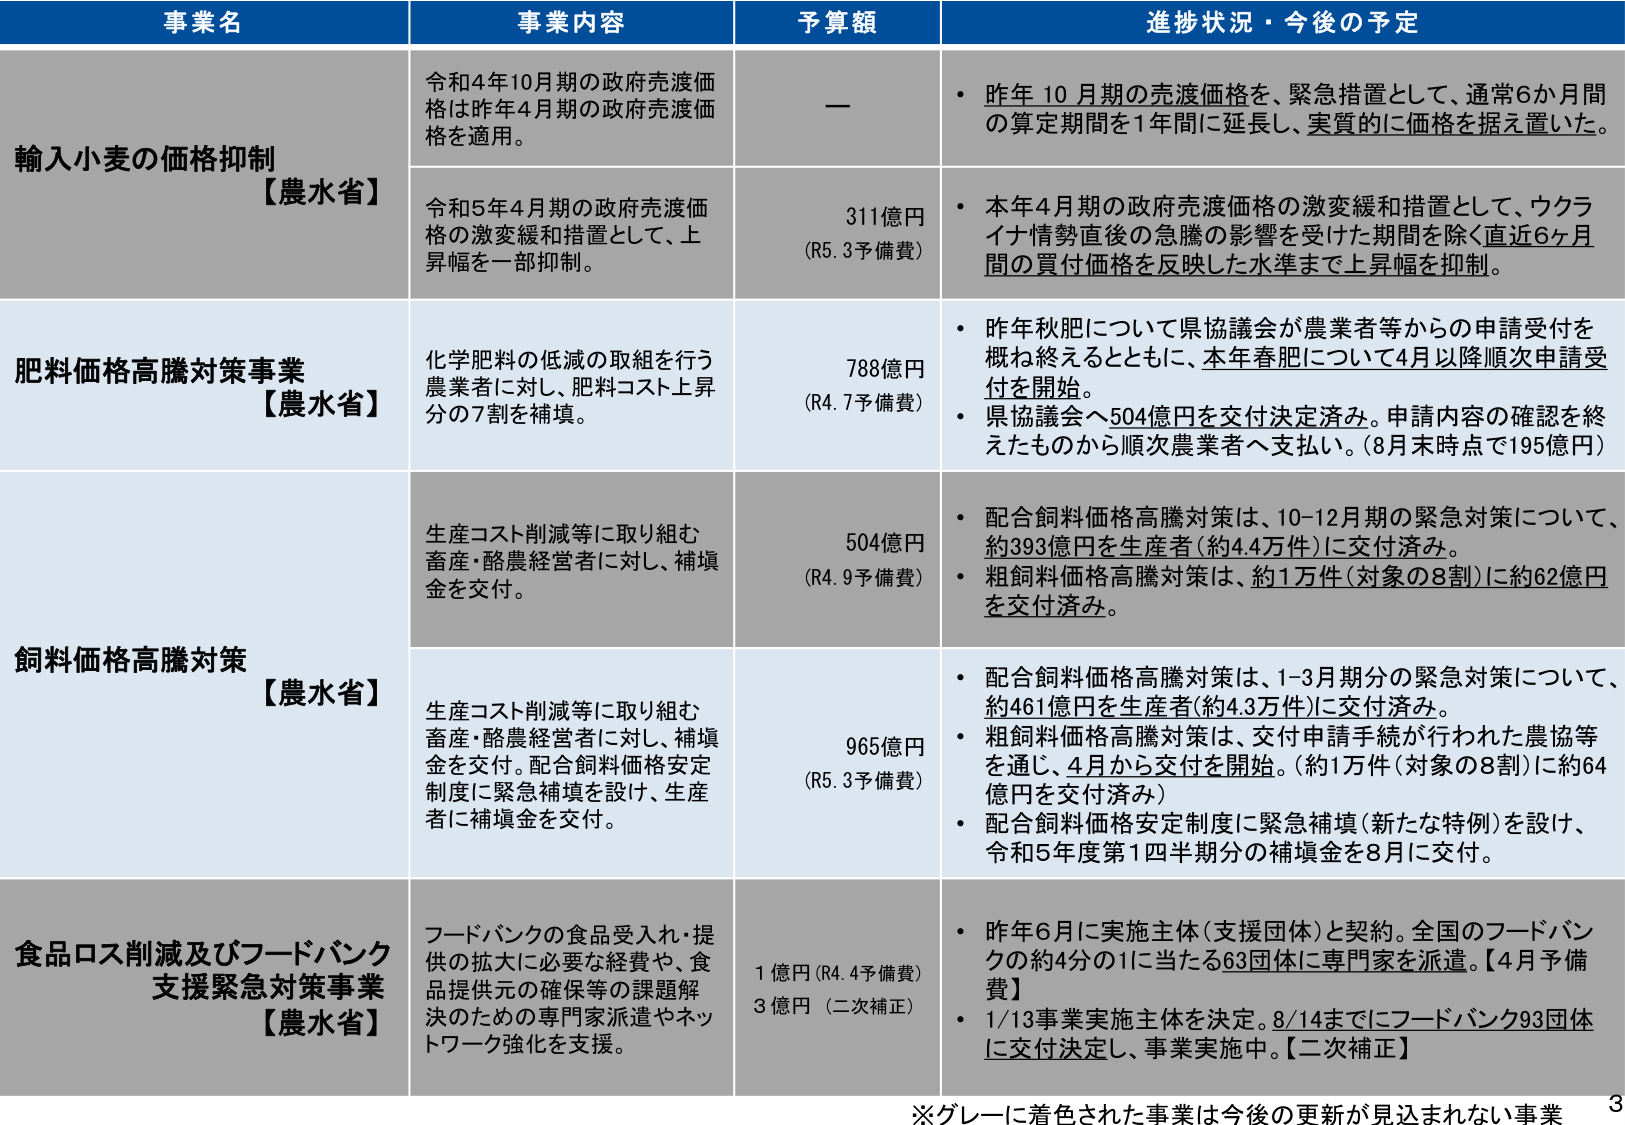
事業名 事業内容 予算額 進捗状況・今後の予定
輸入小麦の価格抑制 【農水省】 令和4年10月期の政府売渡価格は昨年4月期の政府売渡価格を適用。 — • 昨年10月期の売渡価格を、緊急措置として、通常6か月間の算定期間を1年間に延長し、実質的に価格を据え置いた。 令和5年4月期の政府売渡価格の激変緩和措置として、上昇幅を一部抑制。 311億円 (R5.3予備費) • 本年4月期の政府売渡価格の激変緩和措置として、ウクライナ情勢直後の急騰の影響を受けた期間を除く直近6ヶ月間の買付価格を反映した水準まで上昇幅を抑制。
肥料価格高騰対策事業 【農水省】 化学肥料の低減の取組を行う農業者に対し、肥料コスト上昇分の7割を補填。 788億円 (R4.7予備費) • 昨年秋肥について県協議会が農業者等からの申請受付を概ね終えるとともに、本年春肥について4月以降順次申請受付を開始。 • 県協議会へ504億円を交付決定済み。申請内容の確認を終えたものから順次農業者へ支払い。(8月末時点で195億円)
飼料価格高騰対策 【農水省】 生産コスト削減等に取り組む畜産・酪農経営者に対し、補填金を交付。 504億円 (R4.9予備費) • 配合飼料価格高騰対策は、10-12月期の緊急対策について、約393億円を生産者(約4.4万件)に交付済み。 • 粗飼料価格高騰対策は、約1万件(対象の8割)に約62億円を交付済み。 生産コスト削減等に取り組む畜産・酪農経営者に対し、補填金を交付。配合飼料価格安定制度に緊急補填を設け、生産者に補填金を交付。 965億円 (R5.3予備費) • 配合飼料価格高騰対策は、1-3月期分の緊急対策について、約461億円を生産者(約4.3万件)に交付済み。 • 粗飼料価格高騰対策は、交付申請手続が行われた農協等を通じ、4月から交付を開始。(約1万件(対象の8割)に約64億円を交付済み) • 配合飼料価格安定制度に緊急補填(新たな特例)を設け、令和5年度第1四半期分の補填金を8月に交付。
食品ロス削減及びフードバンク支援緊急対策事業 【農水省】 フードバンクの食品受入れ・提供の拡大に必要な経費や、食品提供元の確保等の課題解決のための専門家派遣やネットワーク強化を支援。 1億円 (R4.4予備費) 3億円 (二次補正) • 昨年6月に実施主体(支援団体)と契約。全国のフードバンクの約4分の1に当たる63団体に専門家を派遣。【4月予備費】 • 1/13事業実施主体を決定。8/14までにフードバンク93団体に交付決定し、事業実施中。【二次補正】
※グレーに着色された事業は今後の更新が見込まれない事業 3